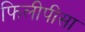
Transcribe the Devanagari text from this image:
फिलीपींसा